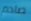
صادم